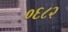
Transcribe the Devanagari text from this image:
०६८२